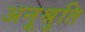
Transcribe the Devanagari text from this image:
अनूश्रुति